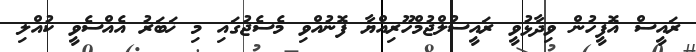
ރައީސް އޮފީހުން ވިދާޅުވީ ރައީސުލްޖުމްހޫރިއްޔާ ފޮނުއްވި މެސެޖުގައި މި ޚަބަރު އެއްސެވީ ކުއްލި